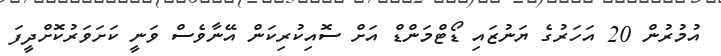
އުމުރުން 20 އަހަރުގެ ޔަނުޒައި ޑޯޓްމަންޑް އަށް ސޮއިކުރިކަން އޭނާވެސް ވަނީ ކަށަވަރުކޮށްދީފަ